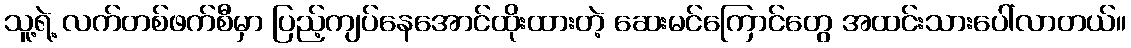
သူ့ရဲ့ လက်တစ်ဖက်စီမှာ ပြည့်ကျပ်နေအောင်ထိုးထားတဲ့ ဆေးမင်ကြောင်တွေ အထင်းသားပေါ်လာတယ်။